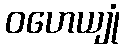
ဝဟေယျုံ